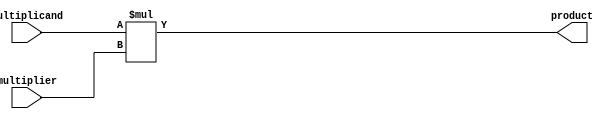
module booth_multiplier(
    input [31:0] multiplicand,
    input [31:0] multiplier,
    output [63:0] product
);

reg [63:0] product_register;

initial begin
    product_register = 64'b0;
end

always @(*) begin
    product_register = multiplicand * multiplier;
end

assign product = product_register;

endmodule